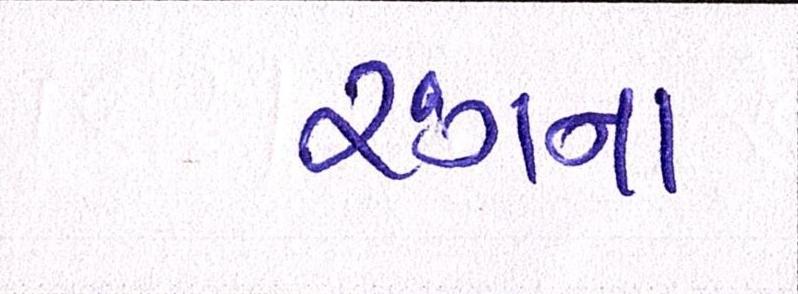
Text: રંગના